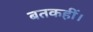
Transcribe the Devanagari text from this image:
बतकहीं।